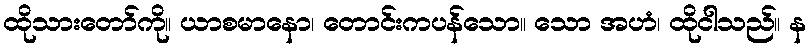
ထိုသားတော်ကို။ ယာစမာနော၊ တောင်းကပန်သော။ သော အဟံ၊ ထိုငါသည်။ န